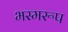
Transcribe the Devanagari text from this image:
भस्मरूप